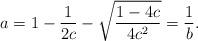
LaTeX: \begin{align*}a=1-\frac{1}{2c}-\sqrt{\frac{1-4c}{4c^2}}=\frac{1}{b}.\end{align*}